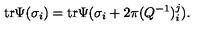
\mathrm { t r } \Psi ( \sigma _ { i } ) = \mathrm { t r } \Psi ( \sigma _ { i } + 2 \pi ( Q ^ { - 1 } ) _ { i } ^ { j } ) .